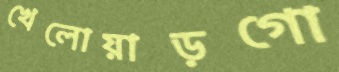
খেলোয়াড়গো